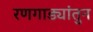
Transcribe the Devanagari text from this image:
रणगाड्यांतुन